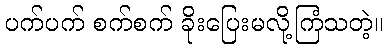
ပက်ပက် စက်စက် ခိုးပြေးမလို့ကြံသတဲ့။